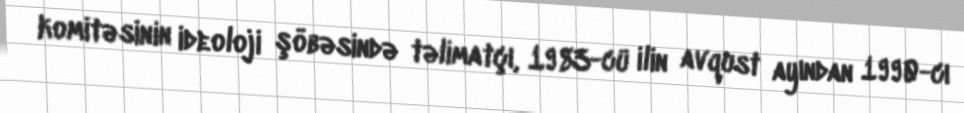
komitəsinin ideoloji şöbəsində təlimatçı, 1983-cü ilin avqust ayından 1990-cı